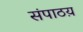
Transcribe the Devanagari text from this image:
संपाठय़